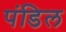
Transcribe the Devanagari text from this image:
पंडिल